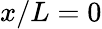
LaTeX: x/L=0